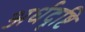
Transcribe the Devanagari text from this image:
अर्धदृष्टि